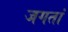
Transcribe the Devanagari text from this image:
जगतां